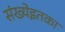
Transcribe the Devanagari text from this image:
संख्येइतका